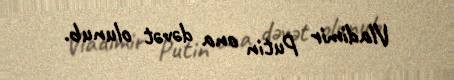
Vladimir Putin ona dəvət olunub.